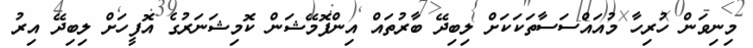
މިނިވަން ހުރިހާ މުއައްސަސާތަކަކަށް ލިބިދޭ ބާރުތައް އިންފޮމޭޝަން ކޮމިޝަނަރުގެ އޮފީހަށް ލިބިދޭ އިރު